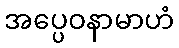
အပ္ပေဝနာမာဟံ